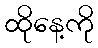
ထိုနေ့ကို